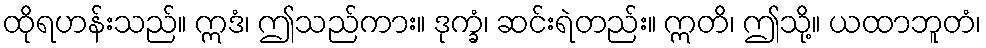
ထိုရဟန်းသည်။ ဣဒံ၊ ဤသည်ကား။ ဒုက္ခံ၊ ဆင်းရဲတည်း။ ဣတိ၊ ဤသို့။ ယထာဘူတံ၊